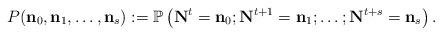
LaTeX: \begin{align*}P (\mathbf{n}_0,\mathbf{n}_1,\dots,\mathbf{n}_s) := \mathbb{P} \left( \mathbf{N}^t = \mathbf{n}_0;\mathbf{N}^{t+1} = \mathbf{n}_1;\dots;\mathbf{N}^{t+s} = \mathbf{n}_s \right).\end{align*}